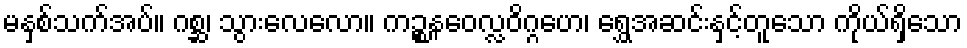
မနှစ်သက်အပ်။ ဂစ္ဆ၊ သွားလေလော။ ကဉ္စနဝေလ္လဝိဂ္ဂဟေ၊ ရွှေအဆင်းနှင့်တူသော ကိုယ်ရှိသော